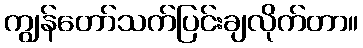
ကျွန်တော်သက်ပြင်းချလိုက်တာ။